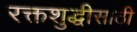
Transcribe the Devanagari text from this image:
रक्तशुद्धीसाठी